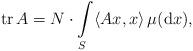
LaTeX: \begin{align*}{\rm tr}\,A =N\cdot \int\limits_{S} \langle Ax, x\rangle \, \mu({\rm d}x),\end{align*}